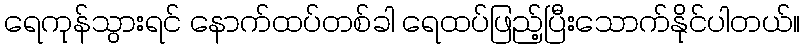
ရေကုန်သွားရင် နောက်ထပ်တစ်ခါ ရေထပ်ဖြည့်ပြီးသောက်နိုင်ပါတယ်။